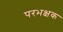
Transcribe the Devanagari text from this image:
परभक्षक